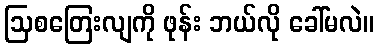
ဩစတြေးလျကို ဖုန်း ဘယ်လို ခေါ်မလဲ။